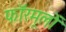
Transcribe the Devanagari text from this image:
फॉरमूलों